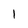
Character: 1